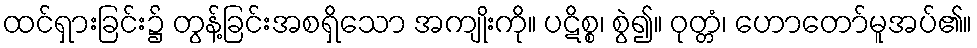
ထင်ရှားခြင်း၌ တွန့်ခြင်းအစရှိသော အကျိုးကို။ ပဋိစ္စ၊ စွဲ၍။ ဝုတ္တံ၊ ဟောတော်မူအပ်၏။